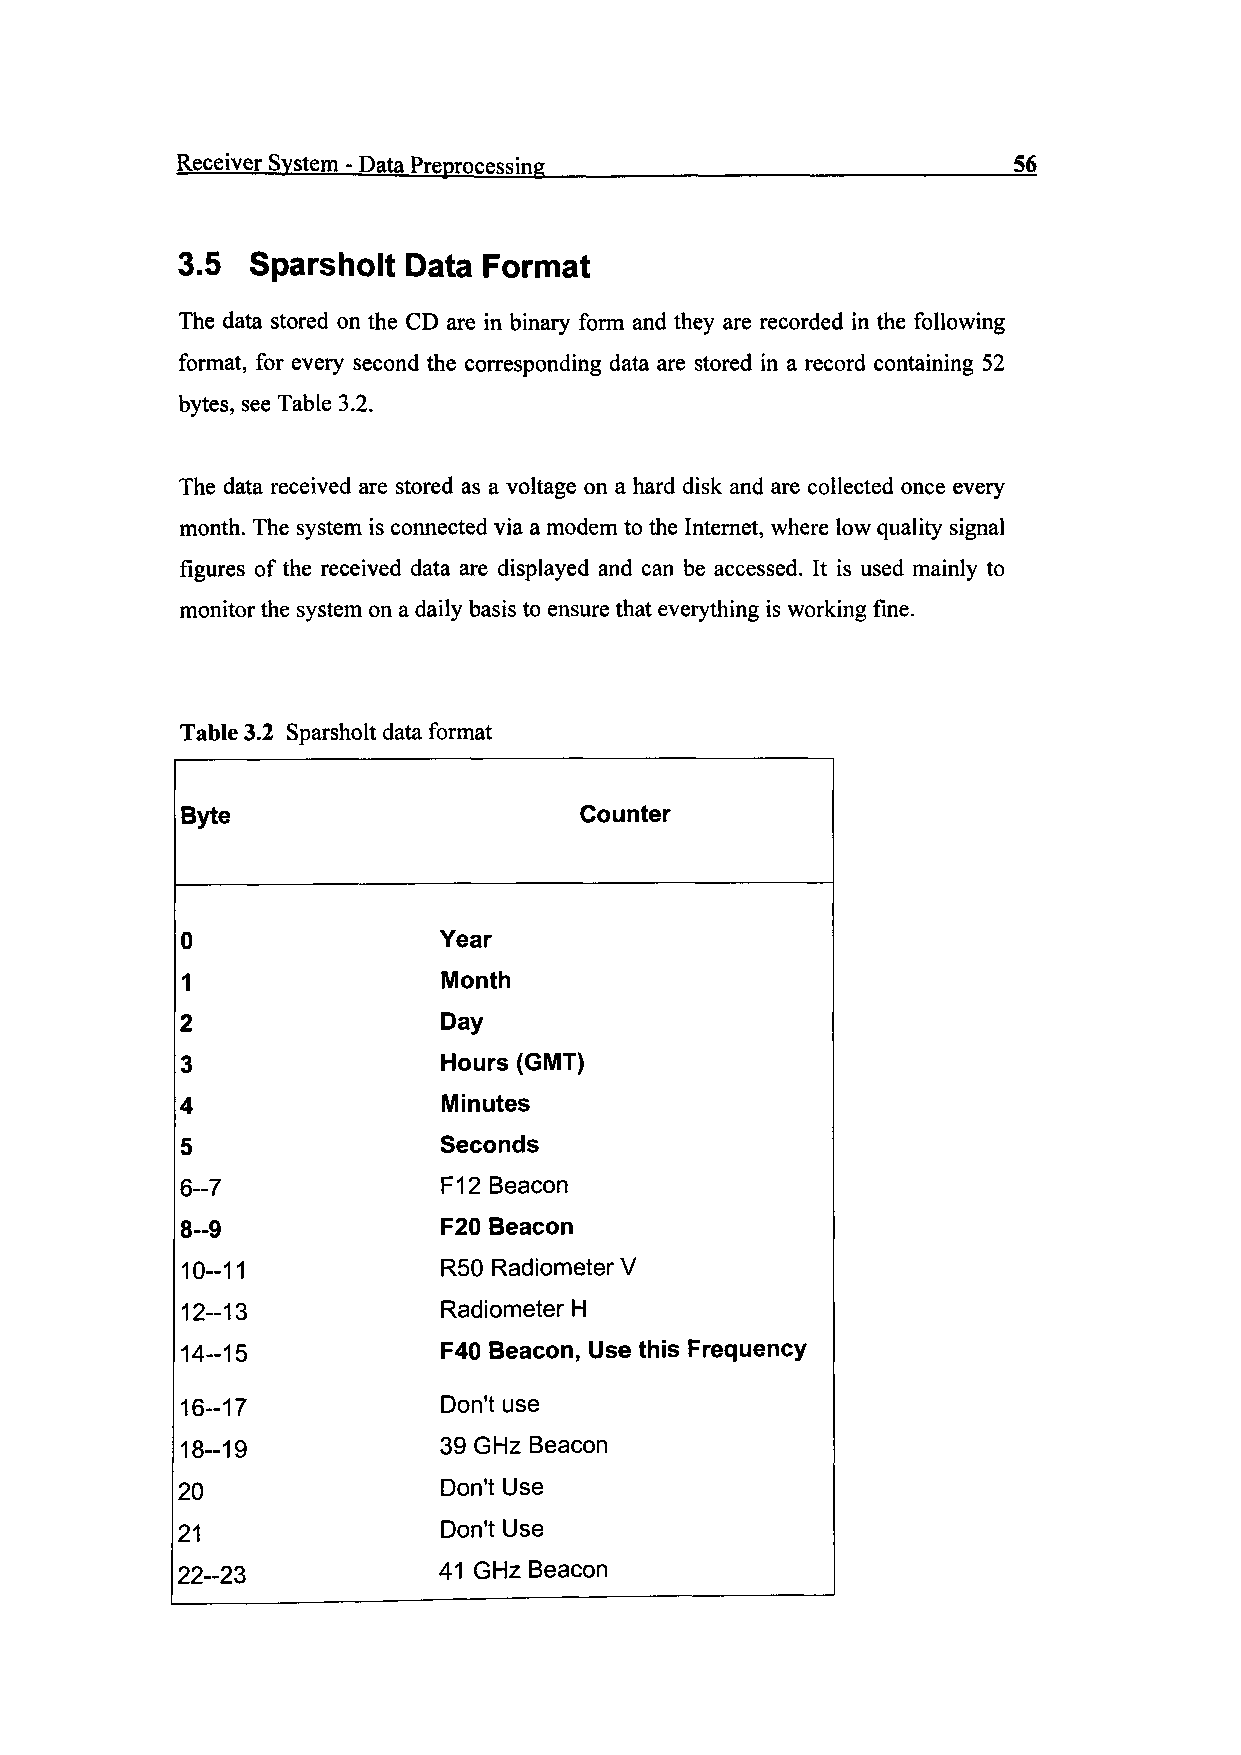
Receiver System - Data Preprocessing                   56
 3.5  Sparsholt Data Format
 The data stored on the CD are in binary form and they are recorded in the following
 format, for every second the corresponding data are stored in a record containing 52
 bytes, see Table 3.2.
 The data received are stored as a voltage on a hard disk and are collected once every
 month. The system is connected via a modem to the Internet, where low quality signal
 figures of the received data are displayed and can be accessed. It is used mainly to
 monitor the system on a daily basis to ensure that everything is working fine.
 Table 3.2 Sparsholt data format
 Byte                      Counter
 0                Year
 1                Month
 2                Day
 3                Hours (GMT)
 4                Minutes
 5                Seconds
 6-7              F12 Beacon
 8-9              F20 Beacon
 10-11            R50 Radiometer V
 12-13            Radiometer H
 14-15            F40 Beacon, Use this Frequency
 16-17            Don't use
 18-19            39 GHz Beacon
 20               Don't Use
 21               Don't Use
 22-23            41 GHz Beacon